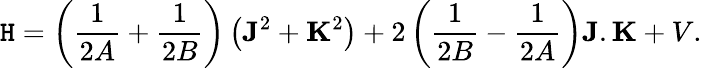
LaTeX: \mathtt{H}=\left(\frac{{1}}{{2A}}+\frac{{1}}{{2B}}\right)\left({\mathbf{J}}^{2}+{\mathbf{K}}^{2}\right)+2\left(\frac{{1}}{{2B}}-\frac{{1}}{{2A}}\right){\mathbf{J}}.{\mathbf{K}}+V.